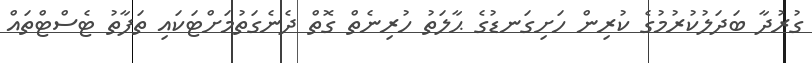
ގުރުދާ ބަދަލުކުރުމުގެ ކުރިން ހަށިގަނޑުގެ ޙާލަތު ހުރިނެތް ގޮތް ދެނެގަތުމަށްޓަކައި ތަފާތު ޓެސްޓްތައް